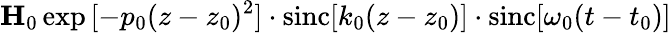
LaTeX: \mathbf{H}_{0}\exp{[-p_{0}(z-z_{0})^{2}]}\cdot\mathrm{sinc}[k_{0}(z-z_{0})]\cdot\mathrm{sinc}[\omega_{0}(t-t_{0})]